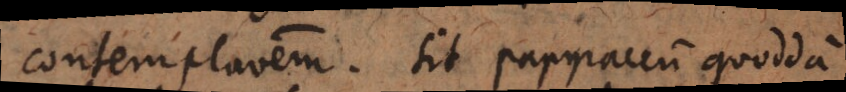
contemplationem. Sit papyraceum quoddam